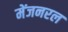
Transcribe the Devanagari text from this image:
मेंजनरल